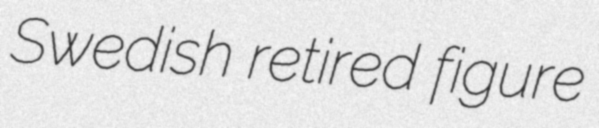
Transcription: Swedish retired figure